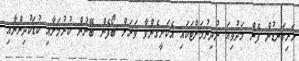
ހަށިގަނޑުން ފެން މަދުވިއަ ނުދިނުމަށްޓަކައި އެކަށީގެންވާ ވަރަށް ބޯފެން ބޭނުން ކުރުމަށާއި ކުޑަކުދިންނާއި